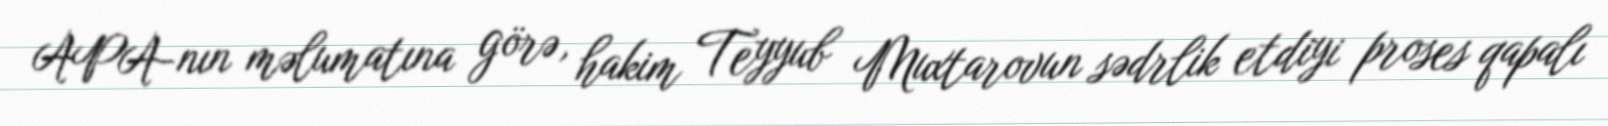
APA-nın məlumatına görə, hakim Teyyub Muxtarovun sədrlik etdiyi proses qapalı